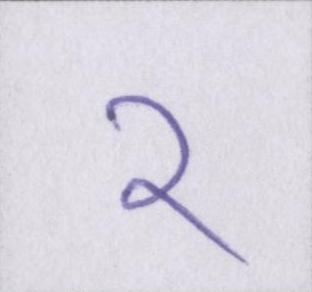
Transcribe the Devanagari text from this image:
२